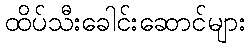
ထိပ်သီးခေါင်းဆောင်များ